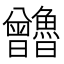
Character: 𰗃